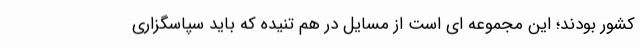
کشور بودند؛ این مجموعه ای است از مسایل در هم تنیده که باید سپاسگزاری